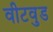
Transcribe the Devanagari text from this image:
वीटवुड